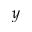
y